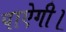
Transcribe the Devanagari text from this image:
पाऐगी।